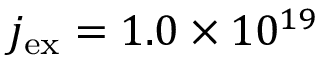
j _ { \mathrm { e x } } = 1 . 0 \times 1 0 ^ { 1 9 }